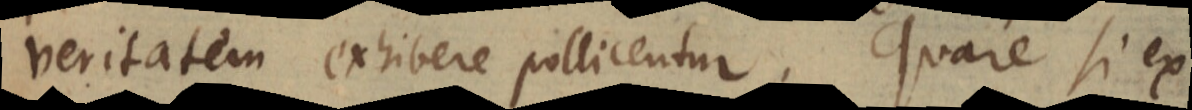
veritatem exhibere pollicentur. Quare si ex